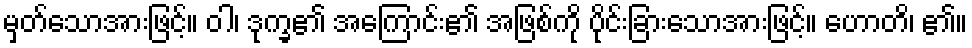
မှတ်သောအားဖြင့်။ ဝါ၊ ဒုက္ခ၏ အကြောင်း၏ အဖြစ်ကို ပိုင်းခြားသောအားဖြင့်။ ဟောတိ၊ ၏။